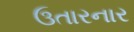
ઉતારનાર